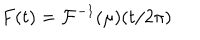
F ( t ) = \mathcal { F } ^ { - 1 } ( \mu ) ( t / 2 \pi )